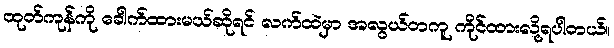
ထုတ်ကုန်ကို ခေါက်ထားမယ်ဆိုရင် လက်ထဲမှာ အလွယ်တကူ ကိုင်ထားလို့ရပါတယ်။